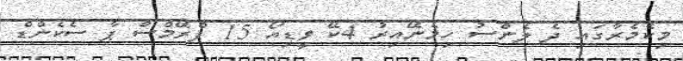
މިކެމެރާގައި ދެ ލެންސު ހިމެނޭއިރު 4ކޭ ވީޑިއޯ 15 ފްރޭމްސް ޕާ ސެކެންޑް